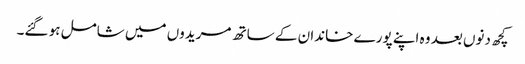
کچھ دنوں بعد وہ اپنے پورے خاندان کے ساتھ مریدوں میں شامل ہو گئے۔